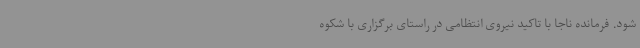
شود. فرمانده ناجا با تاکید نیروی انتظامی در راستای برگزاری با شکوه